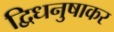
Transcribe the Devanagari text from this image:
द्विधनुषाकर